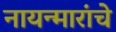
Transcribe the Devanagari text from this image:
नायन्मारांचे